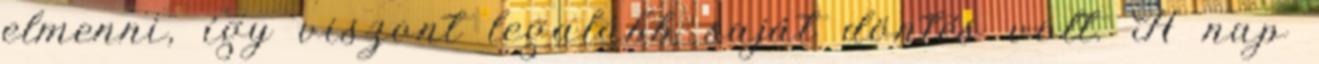
elmenni, így viszont legalább saját döntés volt. A nap